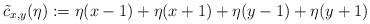
LaTeX: \begin{align*} \tilde{c}_{x,y}(\eta):=\eta(x-1) + \eta(x+1) + \eta(y-1) + \eta(y+1)\end{align*}